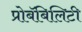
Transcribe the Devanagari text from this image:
प्रोबॅबिलिटी